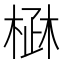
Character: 𣓜